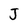
Character: J